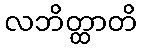
လဘိတ္ထာတိ